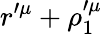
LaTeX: r^{\prime\mu}+\rho_{1}^{\prime\mu}